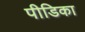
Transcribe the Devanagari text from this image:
पीडिका